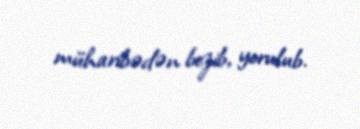
müharibədən bezib, yorulub.